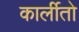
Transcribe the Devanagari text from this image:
कार्लीतो